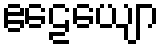
ဧဠေယျော